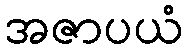
အဇာပယံ